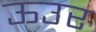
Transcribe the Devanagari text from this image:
ऊउर